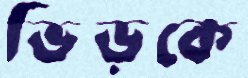
ভিড়কে